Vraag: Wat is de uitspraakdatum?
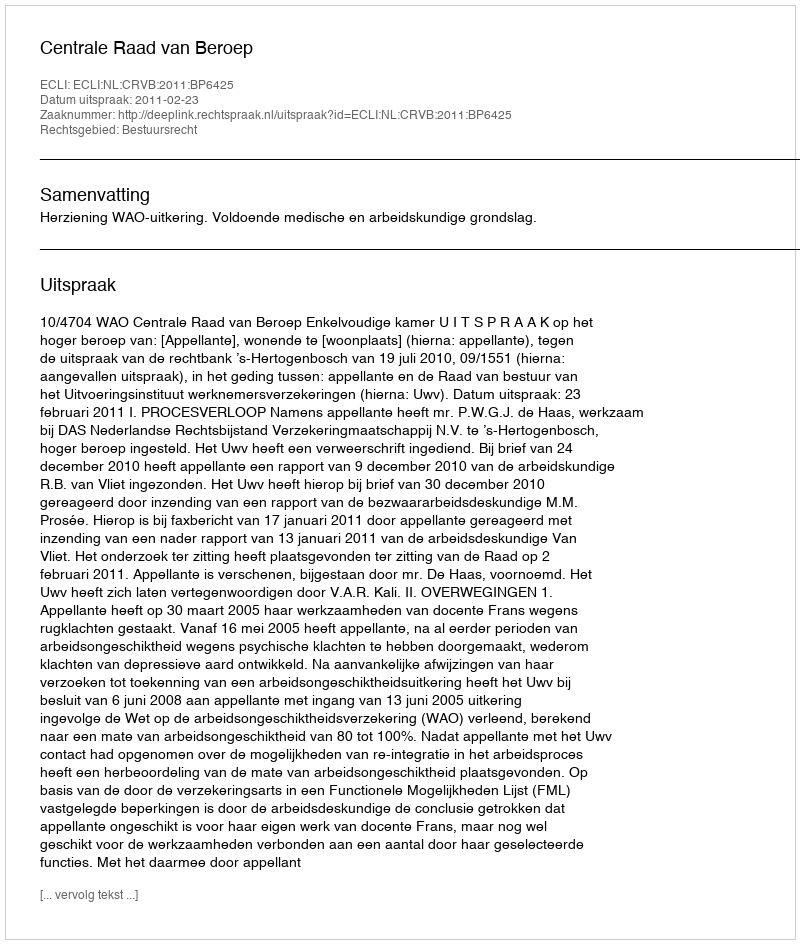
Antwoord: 2011-02-23